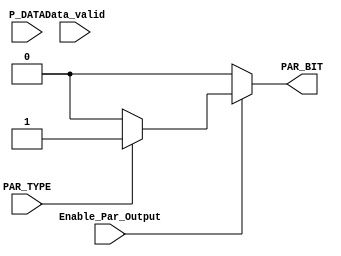
module Parity_calc #(parameter DATA_LENGTH = 8)
(
	input wire [DATA_LENGTH-1:0] P_DATA,
	input wire 					 Data_valid,
	input wire 					 PAR_TYPE,
	input wire  				 Enable_Par_Output,
	output reg 				 	 PAR_BIT
);  
	
	reg [DATA_LENGTH-1:0] P_DATA_Reg;

	always @(*) begin
		PAR_BIT = 1'b0;
		P_DATA_Reg = 'b0;
		if (Enable_Par_Output)
			PAR_BIT = (~PAR_TYPE) ? (^P_DATA_Reg) : (~^P_DATA_Reg);
		else if (Data_valid) begin
			P_DATA_Reg = P_DATA;
		end
		else begin
			PAR_BIT = 1'b0;
			P_DATA_Reg = 'b0;
		end
	end

endmodule